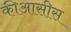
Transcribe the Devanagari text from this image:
कीआसीस